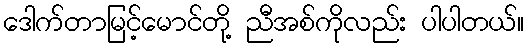
ဒေါက်တာမြင့်မောင်တို့ ညီအစ်ကိုလည်း ပါပါတယ်။